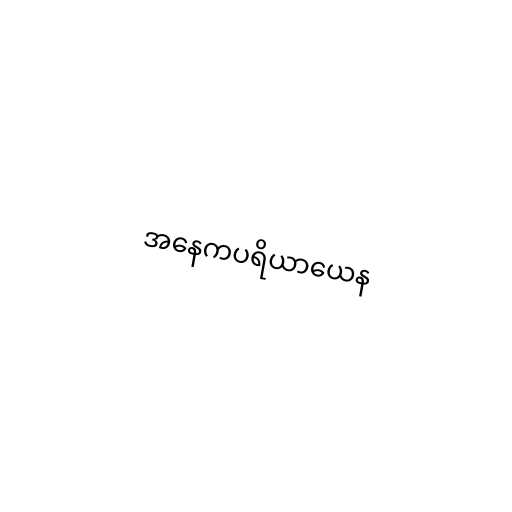
အနေကပရိယာယေန